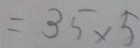
= 3 5 \times 5